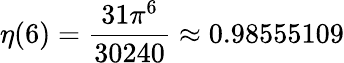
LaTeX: \eta(6)={\frac{31\pi^{6}}{30240}}\approx 0.98555109